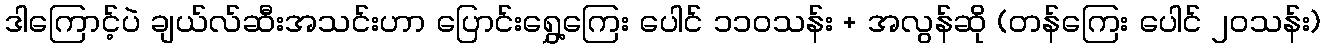
ဒါကြောင့်ပဲ ချယ်လ်ဆီးအသင်းဟာ ပြောင်းရွှေ့ကြေး ပေါင် ၁၁၀သန်း + အလွန်ဆို (တန်ကြေး ပေါင် ၂၀သန်း)